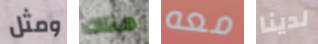
ومثل هناك معه لدينا